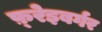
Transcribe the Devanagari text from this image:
फ़्रेइबर्गर